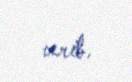
verib.